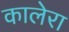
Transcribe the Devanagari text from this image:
कालेरा